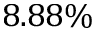
8 . 8 8 \%